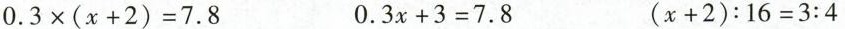
$$0 . 3 \times ( x + 2 ) = 7 . 8$$ $$0 . 3 x + 3 = 7 . 8$$ $$( x + 2 ) : 1 6 = 3 : 4$$